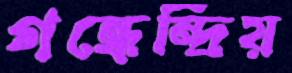
গন্ধেন্দ্রিয়